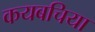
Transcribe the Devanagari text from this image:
कयबचिया